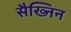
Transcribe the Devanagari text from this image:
सैख्निन